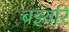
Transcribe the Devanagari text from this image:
बइयरि